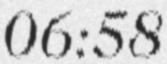
06:58